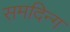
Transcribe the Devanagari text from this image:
समदिन्ग